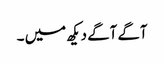
آگے آگے دیکھ میں ۔